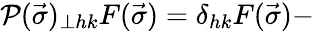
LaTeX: {\cal P}(\vec{\sigma})_{\perp hk}F(\vec{\sigma})=\delta_{hk}F(\vec{\sigma})-